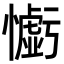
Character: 𢣧